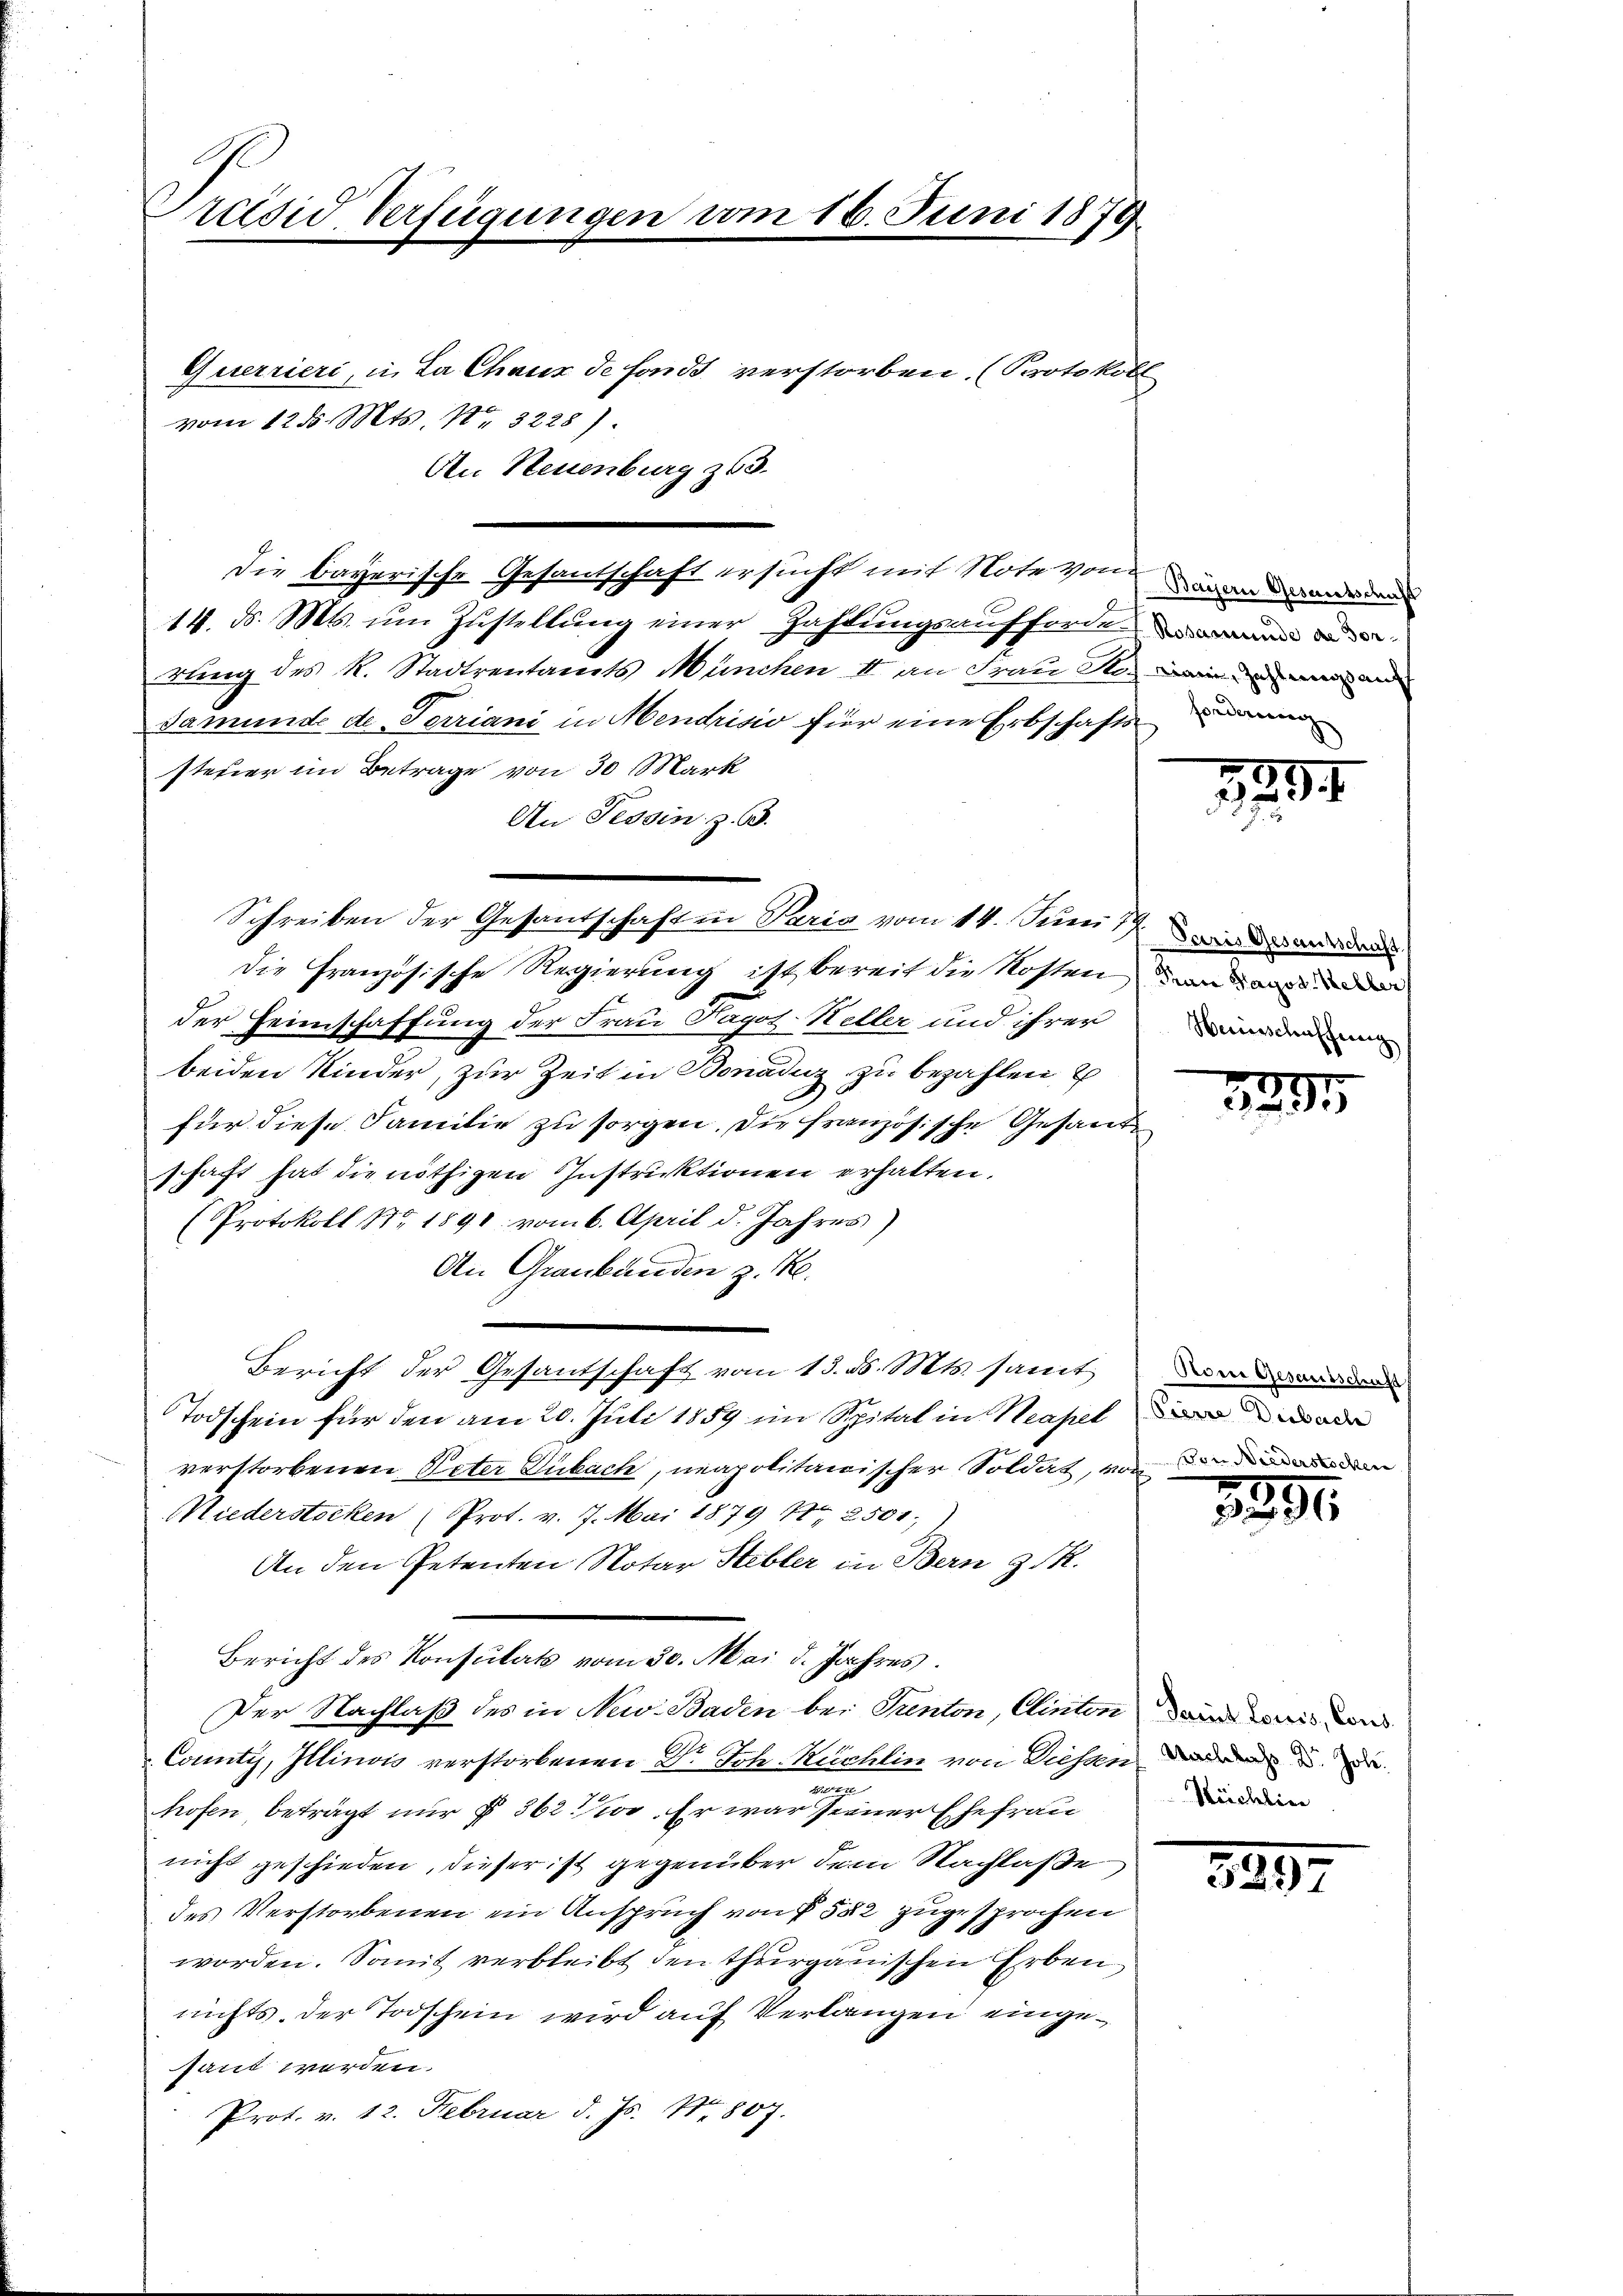
Präsid Verfügungen vom 16. Juni 1879

Querrieri, in La Chaux de fonds verstorben. (Protokoll
vom 12 d. Mts. No. 3228)
An Steuenburg 363.
.
Die bayerische Gesandtschaft ersucht mit Note von in der ander den
14. d. Mts. um Zustellung einer Zahlungsaufforden de
rung des R. Stadtrentamts München II an Frau So wird man an
Famunde de Terriani in Mendrisio für eine Erbschaftsein
steuer im Betrage von 30 Mark
An Tessin z. B.
die Französische Regierung ist bereit die Kosten an ande
der Heimschaffung der Frau Pagot Heller und ihrer
beiden Kinder, zur Zeit in Bonaduz zu bezahlen u
für diese Familie zu sorgen. Die französische Gesandschaft hat die nöthigen Instruktionen erhalten.
Protokoll Nr. 1891 vom 6. April d. Jahres)
An Graubünden z. R.
Bericht der Gesandschaft vom 13. d. Mts. samt da
Todschein für den am 20. Juli 1859 im Spital in Neapel in moder
verstorbenen Peter Dubach, neapolitairischer Soldat, von den
Miederstocken (Prot. v. 7. Mai 1879 18, 2500.
An den Petenten Notar Stebler in Bern z. R.
Bericht des Konsulat vom 30. Mai d. Jahres.
Der Nachlaß des in New. Baden bei Prenton, Clinten dann wir und
County, Illinois verstorbenen Dr. Joh. Kuchlin von Diessen, da der u

hofen, beträgt nur § 362 f. Er war seiner Ehefrau
nicht geschieden, dieser ist gegenüber dem Nachlaße
des Verstorbenen ein Anspruch von § 582 zugesprochen
worden. Somit verbleibt den thurgauischen Erben
nichts. der Todschein wird auf Verlangen eingesant worden.
Prot. v. 12. Februar d. Js. Nr. 807.

Schreiben der Gesantschaft in Paria vom 14. Juni 19

181

Heinschaffung

3891

2890.

Müchlin

849